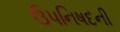
ઉપનિષદની